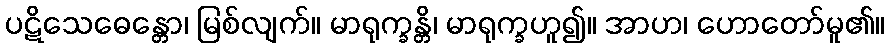
ပဋိသေဓေန္တော၊ မြစ်လျက်။ မာရုက္ခန္တိ၊ မာရုက္ခဟူ၍။ အာဟ၊ ဟောတော်မူ၏။